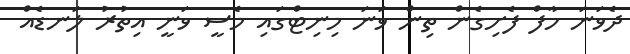
ދެވަނަ ހާފް ފެށިގެން ތިން ވަނަ މިނިޓްގައި މެސީ ވަނީ އިތުރު ލަނޑެއް